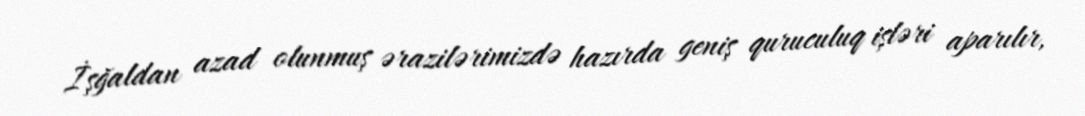
İşğaldan azad olunmuş ərazilərimizdə hazırda geniş quruculuq işləri aparılır,